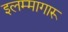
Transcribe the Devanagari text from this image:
इलम्मागारू